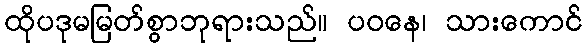
ထိုပဒုမမြတ်စွာဘုရားသည်။ ပဝနေ၊ သားကောင်